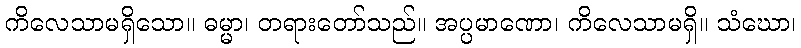
ကိလေသာမရှိသော။ ဓမ္မာ၊ တရားတော်သည်။ အပ္ပမာဏော၊ ကိလေသာမရှိ။ သံဃော၊